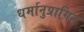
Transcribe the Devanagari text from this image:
धर्मानुप्रागित